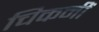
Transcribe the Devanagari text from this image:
चिकनीं